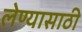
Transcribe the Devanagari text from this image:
लेण्यासाठी